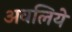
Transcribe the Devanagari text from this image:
अवलिये